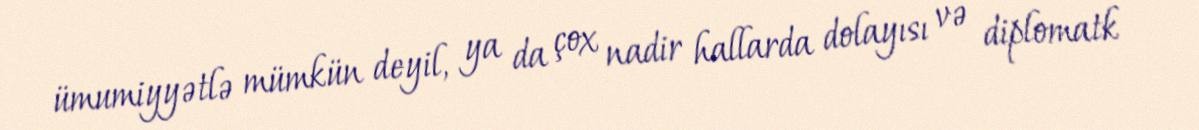
ümumiyyətlə mümkün deyil, ya da çox nadir hallarda dolayısı və diplomatk